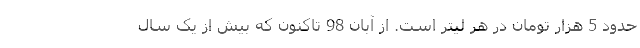
حدود 5 هزار تومان در هر لیتر است. از آبان 98 تاکنون که بیش از یک سال